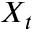
X _ { t }